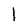
Character: 1